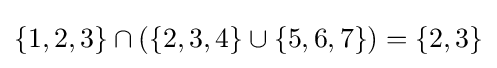
\{1,2,3\}\cap (\{2,3,4\}\cup \{5,6,7\})=\{2,3\}